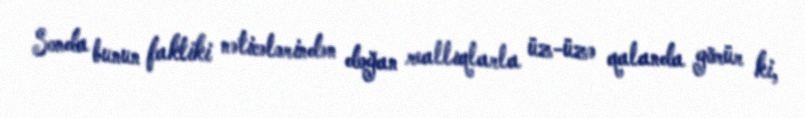
Sonda bunun faktiki nəticələrindən doğan reallıqlarla üz-üzə qalanda görür ki,